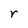
Character: r